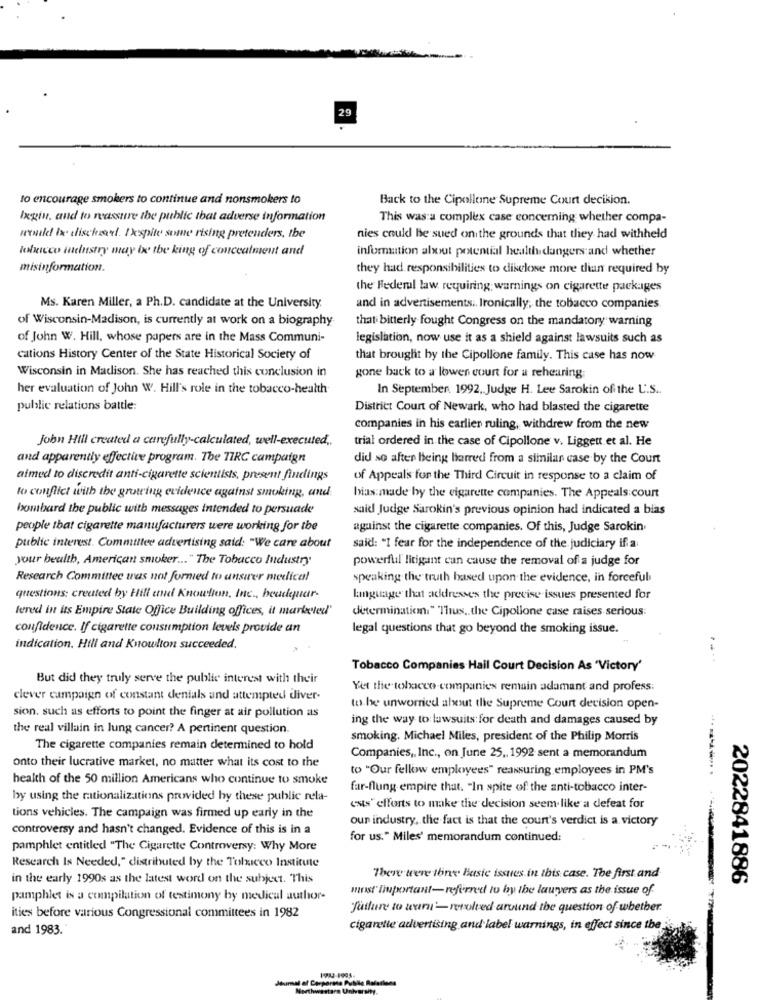
29
to encourage smokers to continue and nonsmokers to
Back to the Cipollone Supreme Court decision.
Ixgin, and to rassure the public that adverse information
This was a complex case conceming whether compa-
wwwild bre elischæel. Ixspite some rising pretenders, the
nies could he sued on the grounds that they had withheld
loficco industry may be the king of concealment and
information about potential health dangers:and whether
misinformation.
they had responsibilities to disclose more than required by
the Federal law requiring warnings on cigarette packages
Ms. Karen Miller, a Ph.D. candidate at the University.
and in advertisements: Ironically, the tobacco companies.
of Wisconsin-Madison, is currently at work on a biography
that bitterly fought Congress on the mandatory warning
of John W. Hill, whose papers are in the Mass Communi-
legislation, now use it as a shield against lawsuits such as
cations History Center of the State Historical Society of
that brought by the Cipollone family. This case has now
Wisconsin in Madison. She has reached this conclusion in
gone back to a lowen court for a rehearing;
her evaluation of John W. Hill's role in the tobacco-health
In September 1992, Judge H. Lee Sarokin of the U.S ..
public relations battle:
District Court of Newark, who had blasted the cigarette
companies in his earlier ruling, withdrew from the new
John Hill created a carefully-calculated, well-executed ..
trial ordered in the case of Cipollone v. Liggen et al. He
and apparently effective program. The TIRC campaign
did so after being barred from a similar case by the Court
aimed to discredit anti-cigarette scientists, present findings
of Appeals for the Third Circuit in response to a claim of
to conflict with the growing evidence against smoking, and.
bias made by the cigarette companies. The Appeals court
bombard the public with messages intended to persuade
said Judge Sarokin's previous opinion had indicated a bias
people that cigarette manufacturers were working for the
against the cigarette companies. Of this, Judge Sarokin.
public interest. Committee advertising said: "We care about
said: "I fear for the independence of the judiciary if a
your health, American smoker ... " The Tobacco Industry
powerful litigant can cause the removal of a judge for
Research Committee was not formed to answer medical
speaking the truth based upon the evidence, in forceful
questions: created by Hill ame Knowlton, Inc ., headquar-
language that addresses the previse issues presented for
lered in its Empire State Office Building offices, it marketed"
determination." Thus .. the Cipollone case raises serious:
confidence. If cigarette consumption levels provide an
legal questions that go beyond the smoking issue.
indication. Hill and Knowlton succeeded.
....
Tobacco Companies Hail Court Decision As "Victory'
But did they truly serve the public interest with their
Yet the tobacco companies remain adamant and profess:
clever campaign of constant denials and attempted diver-
sion, such as efforts to point the finger at air pollution as
to be unworried about the Supreme Court decision open-
ing the way to lawsuits for death and damages caused by
the real villain in lung cancer? A pertinent question.
smoking. Michael Miles, president of the Philip Morris
The cigarette companies remain determined to hold
Companies ,, Inc ., on June 25 ,, 1992 sent a memorandum
onto their lucrative market, no matter what its cost to the
to "Our fellow employees" reassuring employees in PM's
health of the 50 million Americans who continue to smoke
far-flung empire that. "In spite of the anti-tobacco inter-
by using the rationalizations provided by these public rela-
ests" efforts to make the decision seem like a defeat for
tions vehicles. The campaign was firmed up early in the
our industry, the fact is that the court's verdict is a victory
controversy and hasn't changed. Evidence of this is in a
for us." Miles' memorandum continued:
pamphlet entitled "The Cigarette Controversy: Why More
Research Is Needed," distributed by the Toliceo Institute
in the early 1990s as the latest word on the subject. This
There were three Basic issues in this case. The first and
2022841886
most Important-referred to by the lawyers as the issue of
pamphlet is a compilation of testimony by medical author-
fatture to warn'- revolved around the question of whether
ities before various Congressional committees in 1982
and 1983.
cigarette advertising and label warnings, in effect since the
Journal of Corporate Publie Rafaslans
Northwestern University.